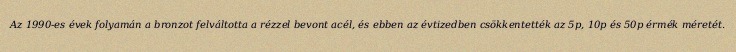
Az 1990-es évek folyamán a bronzot felváltotta a rézzel bevont acél, és ebben az évtizedben csökkentették az 5p, 10p és 50p érmék méretét.